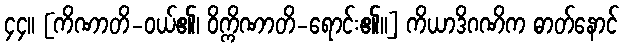
၄၄။ [ကိဏာတိ-ဝယ်၏၊ ဝိက္ကိဏာတိ-ရောင်း၏။] ကိယာဒိဂဏိက ဓာတ်နောင်